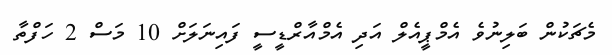
މެޗަކުން ބަލިނުވެ އެމްޕީއެލް އަދި އެމްއާރްޑީސީ ފައިނަލަށް 10 މަސް 2 ހަފްތާ